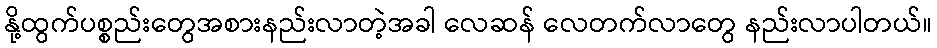
နို့ထွက်ပစ္စည်းတွေအစားနည်းလာတဲ့အခါ လေဆန် လေတက်လာတွေ နည်းလာပါတယ်။